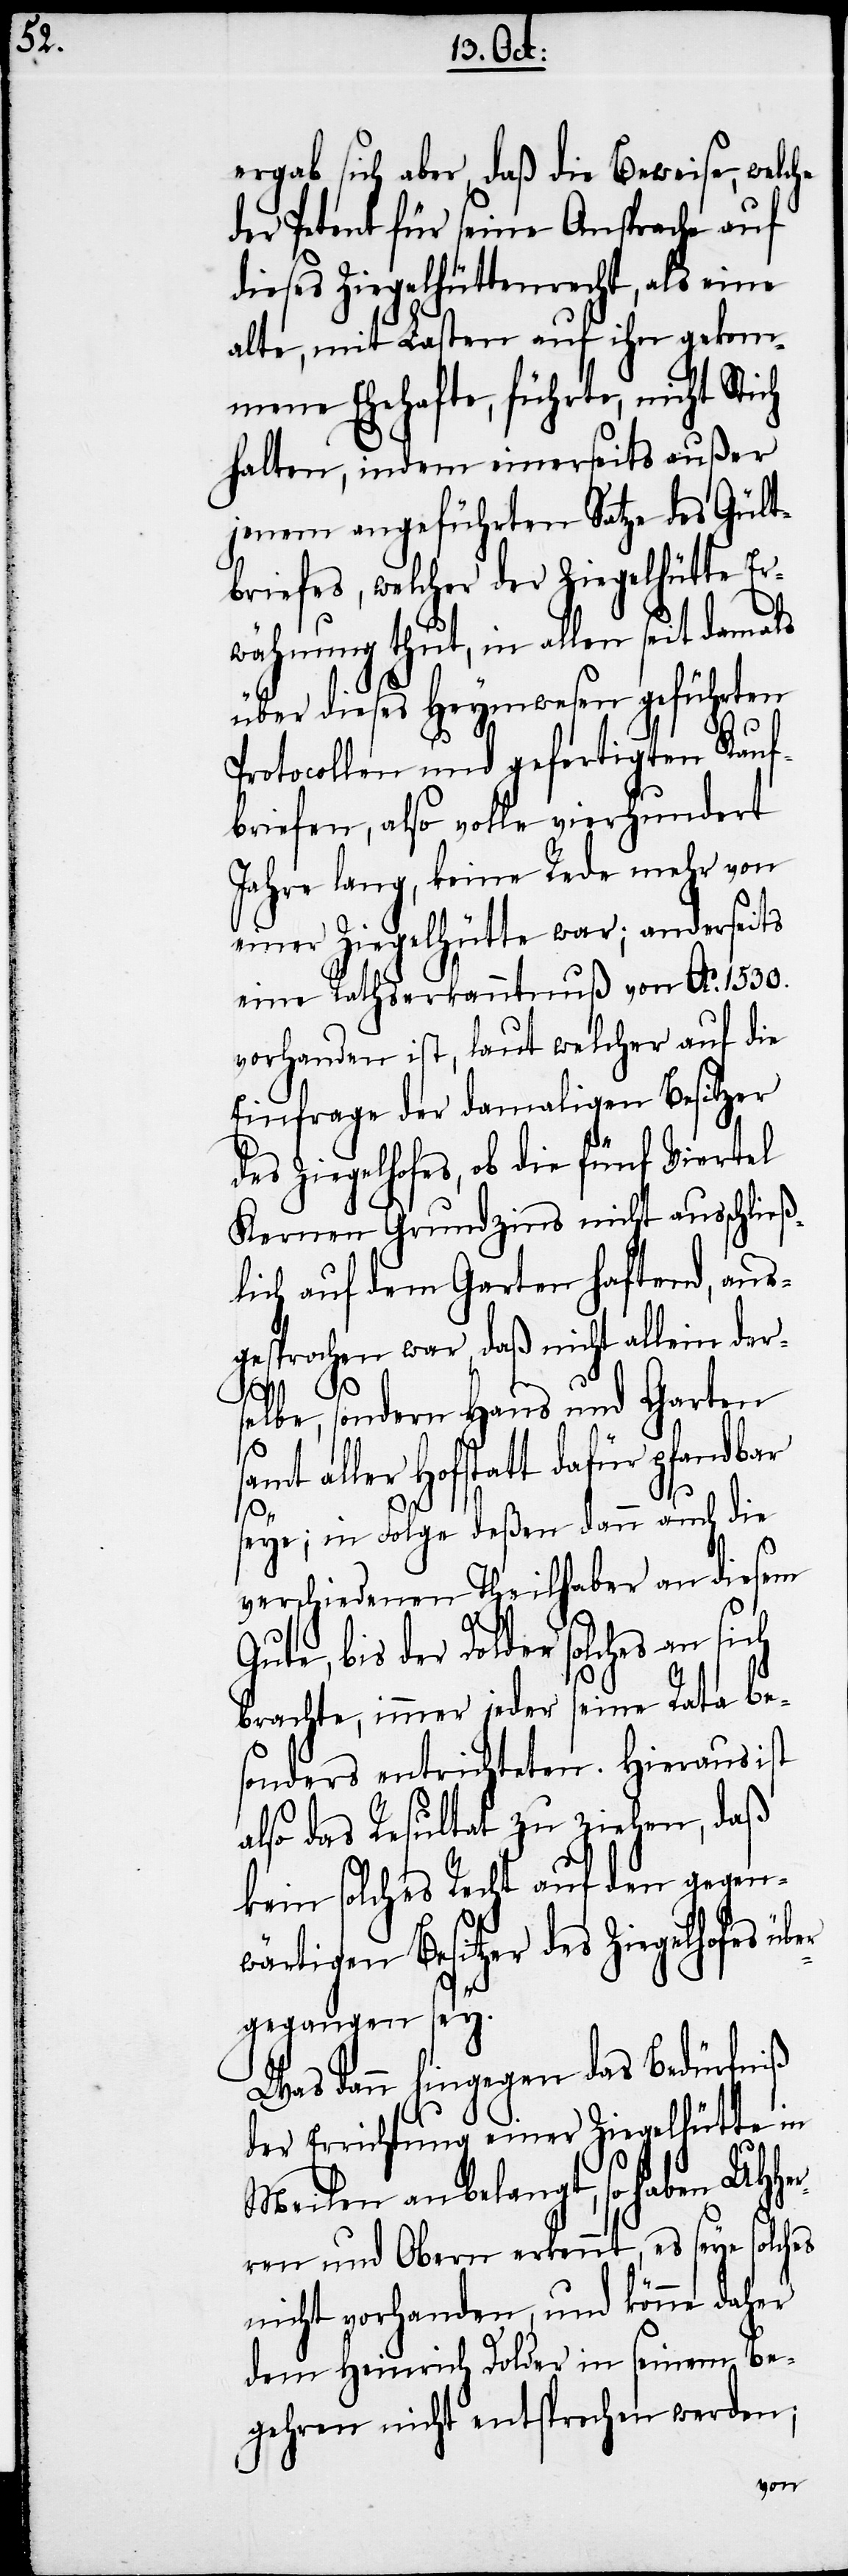
ergab sich aber, daß die Beweise, welche
der Petent für seine Ansprache auf
dieses Ziegelhüttenrecht, als eine
alte, mit Lasten auf ihn gekom¬
mene Ehehafte, führte, nicht Stich
halten, indem einerseits außer
jenem angeführten Satze des Gült¬
briefes, welcher der Ziegelhütte Er¬
wähnung thut, in allen seit damals
über dieses Heymwesen geführten
Protocollen und gefertigten Kauf¬
briefen, also volle vierhundert
Jahre lang, keine Rede mehr von
einer Ziegelhütte war; anderseits
eine Rathserkanntnuß von Ao. 1530.
vorhanden ist, laut welcher auf die
Einfrage der damaligen Besitzer
des Ziegelhofes, ob die fünf Viertel
Kernen Grundzins nicht ausschließ¬
lich auf dem Garten haftend, aus¬
gesprochen war, daß nicht allein der¬
sonders
selbe, sondern Haus und Garten
samt aller Hofstatt dafür pfandbar
seye; in Folge deßen dann auch die
verschiedenen Theilhaber an diesem
Gute, bis der Dolder solches an sich
brachte, immer jeder seine Rata be¬
also das Resultat zu ziehen, daß
kein solches Recht auf den gegen¬
wärtigen Besitzer des Ziegelhofes übe¬
rgegangen sey.
Was dann hingegen das Bedürfniß
der Errichtung einer Ziegelhütte in
Meilen anbelangt, so haben UHHer¬
ren und Obern erkennt, es seye solches
nicht vorhanden, und könne daher
dem Heinrich Dolder in seinem Be¬
gehren nicht entsprochen werden;